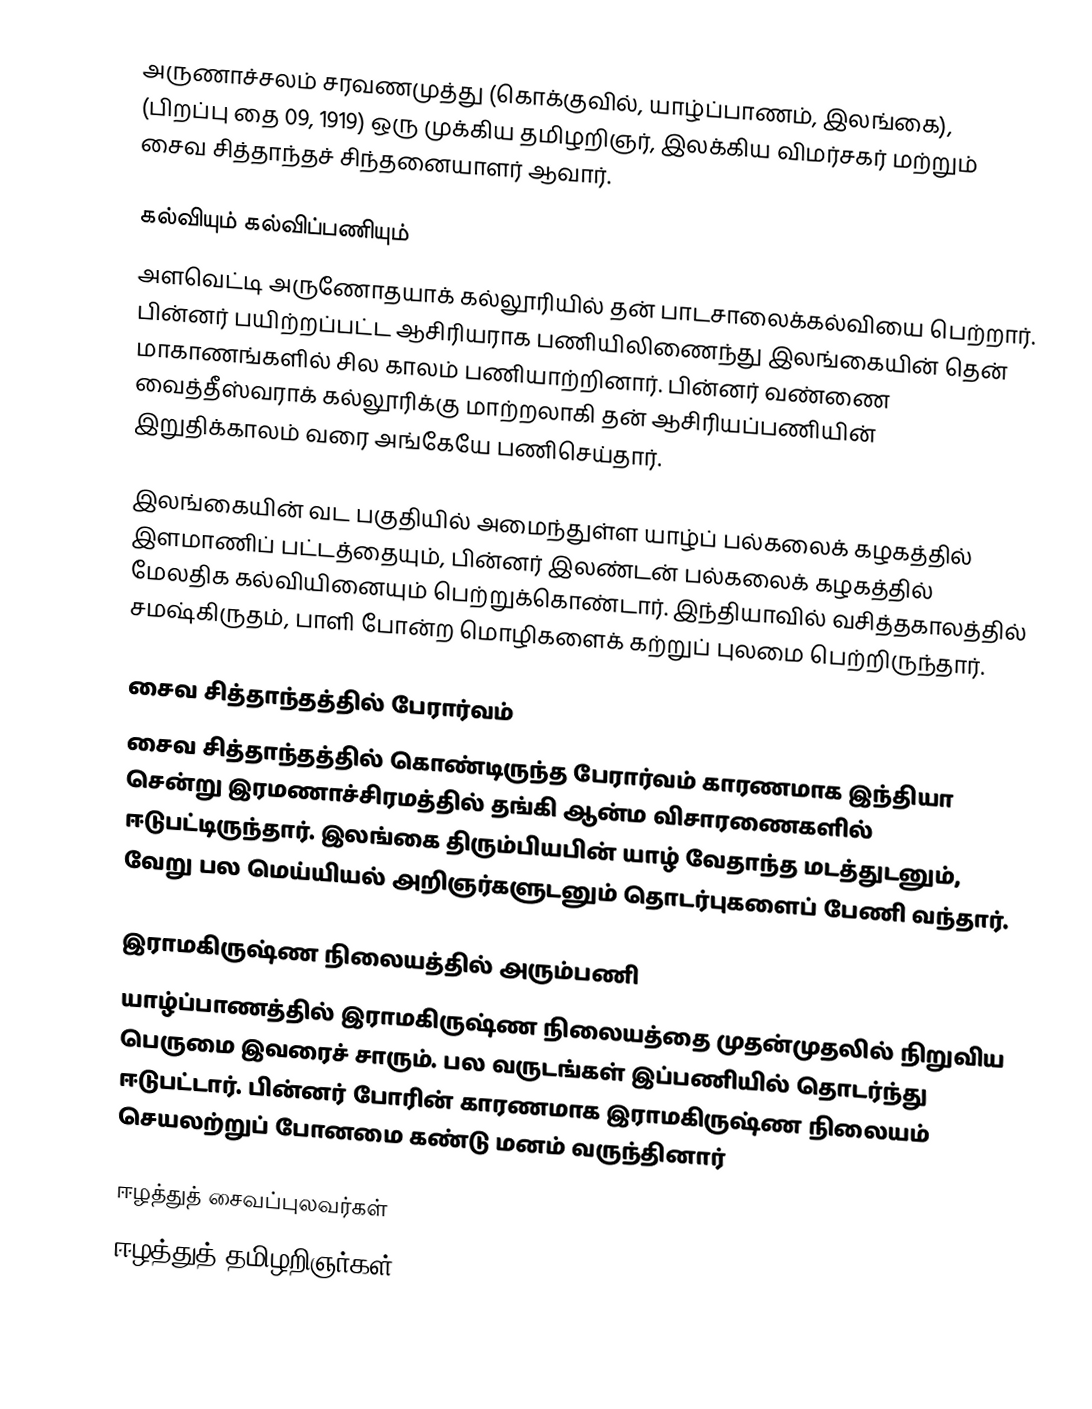
அருணாச்சலம் சரவணமுத்து (கொக்குவில், யாழ்ப்பாணம், இலங்கை), (பிறப்பு தை 09, 1919) ஒரு முக்கிய  தமிழறிஞர், இலக்கிய விமர்சகர் மற்றும் சைவ சித்தாந்தச் சிந்தனையாளர் ஆவார்.

கல்வியும் கல்விப்பணியும்
அளவெட்டி அருணோதயாக் கல்லூரியில் தன் பாடசாலைக்கல்வியை பெற்றார். பின்னர் பயிற்றப்பட்ட ஆசிரியராக பணியிலிணைந்து இலங்கையின் தென் மாகாணங்களில் சில காலம் பணியாற்றினார். பின்னர் வண்ணை வைத்தீஸ்வராக் கல்லூரிக்கு மாற்றலாகி தன் ஆசிரியப்பணியின் இறுதிக்காலம் வரை அங்கேயே பணிசெய்தார்.

இலங்கையின் வட பகுதியில் அமைந்துள்ள யாழ்ப் பல்கலைக் கழகத்தில் இளமாணிப் பட்டத்தையும், பின்னர் இலண்டன் பல்கலைக் கழகத்தில் மேலதிக கல்வியினையும் பெற்றுக்கொண்டார். இந்தியாவில் வசித்தகாலத்தில் சமஷ்கிருதம், பாளி போன்ற மொழிகளைக் கற்றுப் புலமை பெற்றிருந்தார்.

சைவ சித்தாந்தத்தில் பேரார்வம்
சைவ சித்தாந்தத்தில்  கொண்டிருந்த பேரார்வம் காரணமாக இந்தியா சென்று இரமணாச்சிரமத்தில் தங்கி ஆன்ம விசாரணைகளில் ஈடுபட்டிருந்தார். இலங்கை திரும்பியபின் யாழ் வேதாந்த மடத்துடனும், வேறு பல மெய்யியல் அறிஞர்களுடனும் தொடர்புகளைப் பேணி வந்தார்.

இராமகிருஷ்ண நிலையத்தில் அரும்பணி
யாழ்ப்பாணத்தில் இராமகிருஷ்ண நிலையத்தை முதன்முதலில் நிறுவிய பெருமை இவரைச் சாரும். பல வருடங்கள் இப்பணியில் தொடர்ந்து ஈடுபட்டார். பின்னர் போரின் காரணமாக இராமகிருஷ்ண நிலையம் செயலற்றுப் போனமை கண்டு மனம் வருந்தினார்

ஈழத்துத் சைவப்புலவர்கள்
ஈழத்துத் தமிழறிஞர்கள்